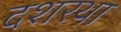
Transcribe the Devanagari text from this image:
दशरथा